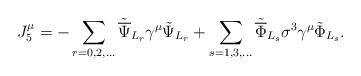
LaTeX: \begin{align*}{J^\mu_5}= -\sum_{r=0,2,...}{\tilde{\overline\Psi}}_{L_r}\gamma^\mu\tilde\Psi_{L_r}+\sum_{s=1,3,...}{\tilde{\overline\Phi}}_{L_s}\sigma^3\gamma^\mu\tilde\Phi_{L_s}.\end{align*}